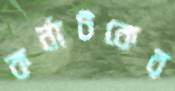
কর্নাটকের